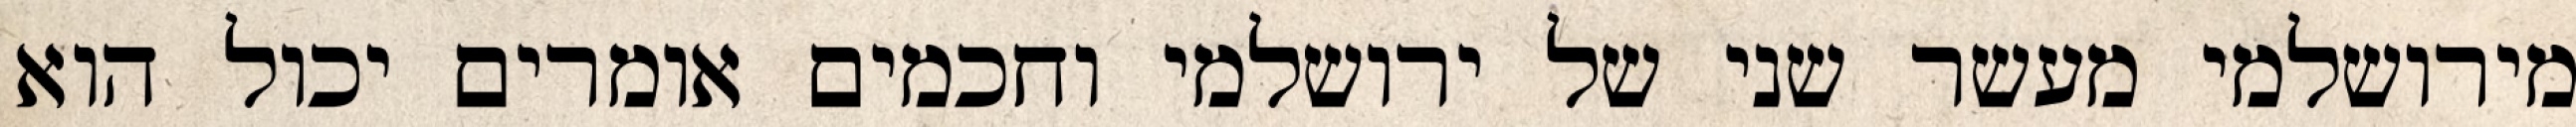
מירושלמי מעשר שני של ירושלמי וחכמים אומרים יכול הוא